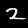
Digit: 2